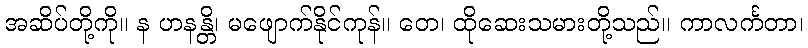
အဆိပ်တို့ကို။ န ဟနန္တိ၊ မဖျောက်နိုင်ကုန်။ တေ၊ ထိုဆေးသမားတို့သည်။ ကာလင်္ကတာ၊